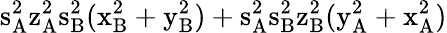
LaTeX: \mathrm{s_{A}^{2}\mathrm{z_{A}^{2}\mathrm{s_{B}^{2}(\mathrm{x_{B}^{2}+\mathrm{y_{B}^{2})+\mathrm{s_{A}^{2}\mathrm{s_{B}^{2}\mathrm{z_{B}^{2}(\mathrm{y_{A}^{2}+\mathrm{x_{A}^{2})}}}}}}}}}}